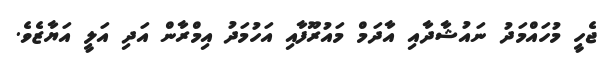
ޖެހީ މުހައްމަދު ނައުޝާދާއި އާދަމް މައުރޫފާއި އަހުމަދު އިމްރާން އަދި އަލީ އަޔާޒެވެ.